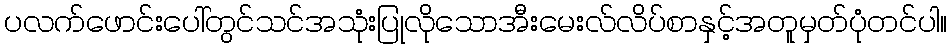
ပလက်ဖောင်းပေါ်တွင်သင်အသုံးပြုလိုသောအီးမေးလ်လိပ်စာနှင့်အတူမှတ်ပုံတင်ပါ။